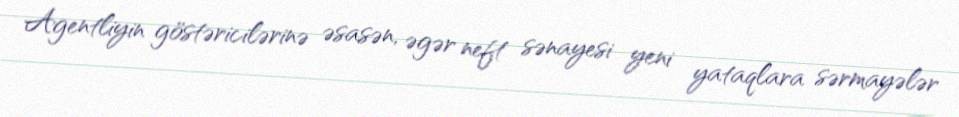
Agentliyin göstəricilərinə əsasən, əgər neft sənayesi yeni yataqlara sərmayələr